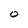
Character: O